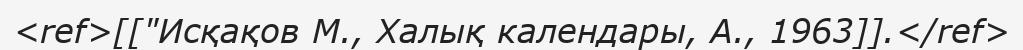
<ref>[["Исқақов М., Халық календары, А., 1963]].</ref>